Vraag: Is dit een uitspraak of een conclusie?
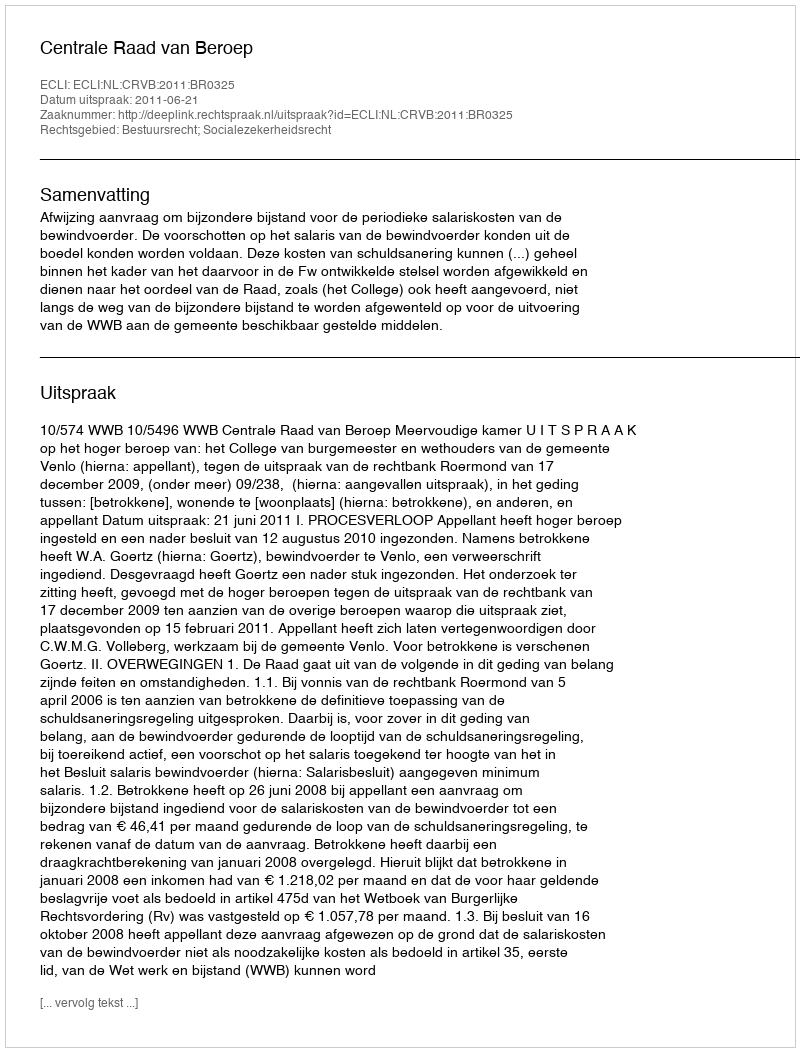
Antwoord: Uitspraak